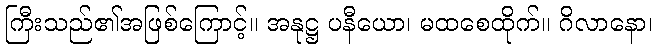
ကြီးသည်၏အဖြစ်ကြောင့်။ အနုဋ္ဌ ပနီယော၊ မထစေထိုက်။ ဂိလာနော၊